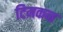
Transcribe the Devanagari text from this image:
टिमकन